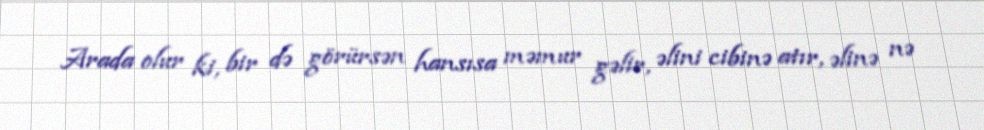
Arada olur ki, bir də görürsən hansısa məmur gəlir, əlini cibinə atır, əlinə nə